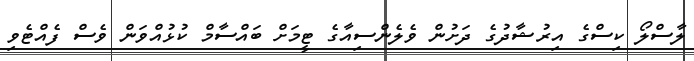
ލާސްލޯ ކިސްގެ އިރުޝާދުގެ ދަށުން ވެލެންސިއާގެ ޓީމަށް ބައްސާމް ކުޅުއްވަން ވެސް ފެއްޓެވި